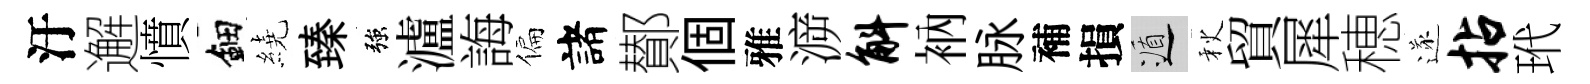
汙邂憤鈿繞臻強瀘誨偏諸鄼個雅㴑斛衲脉補損遁秋貿犀穂遂拈玳